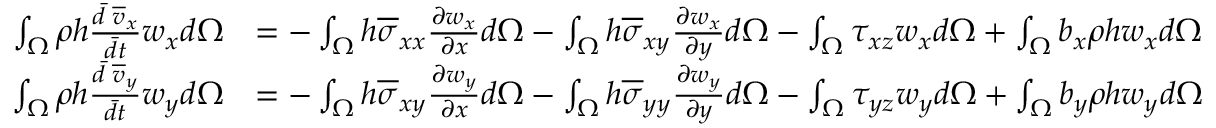
\begin{array} { r l } { \int _ { \Omega } \rho h \frac { \Bar { d } \; \overline { { v } } _ { x } } { \Bar { d t } } w _ { x } d \Omega } & { = - \int _ { \Omega } h \overline { { \sigma } } _ { x x } \frac { \partial w _ { x } } { \partial x } d \Omega - \int _ { \Omega } h \overline { { \sigma } } _ { x y } \frac { \partial w _ { x } } { \partial y } d \Omega - \int _ { \Omega } \tau _ { x z } w _ { x } d \Omega + \int _ { \Omega } b _ { x } \rho h w _ { x } d \Omega } \\ { \int _ { \Omega } \rho h \frac { \Bar { d } \; \overline { { v } } _ { y } } { \Bar { d t } } w _ { y } d \Omega } & { = - \int _ { \Omega } h \overline { { \sigma } } _ { x y } \frac { \partial w _ { y } } { \partial x } d \Omega - \int _ { \Omega } h \overline { { \sigma } } _ { y y } \frac { \partial w _ { y } } { \partial y } d \Omega - \int _ { \Omega } \tau _ { y z } w _ { y } d \Omega + \int _ { \Omega } b _ { y } \rho h w _ { y } d \Omega } \end{array}